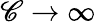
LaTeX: \mathscr{C}\rightarrow\infty